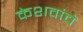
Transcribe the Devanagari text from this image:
केशवांचे